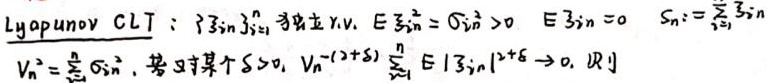
Lyapunov CLT : $\exists \xi_{in}, \xi_{in} _{i = 1}^{n}$ 为独立 r.v. $E\xi_{in}^{2}=\sigma_{in}^{2}>0$, $E\xi_{in}=0$, $S_{n}:=\sum_{i = 1}^{n}\xi_{in}$

$V_{n}^{2}=\sum_{i = 1}^{n}\sigma_{in}^{2}$, 若对某个 $\delta>0$, $V_{n}^{-(2 + \delta)}\sum_{i = 1}^{n}E|\xi_{in}|^{2+\delta}\to0$, 则